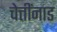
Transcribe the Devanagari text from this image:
चेत्तींनाड